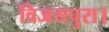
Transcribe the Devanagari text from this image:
विजयपुरा।